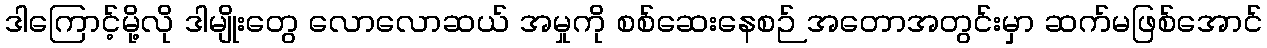
ဒါကြောင့်မို့လို ဒါမျိုးတွေ လောလောဆယ် အမှုကို စစ်ဆေးနေစဉ် အတောအတွင်းမှာ ဆက်မဖြစ်အောင်